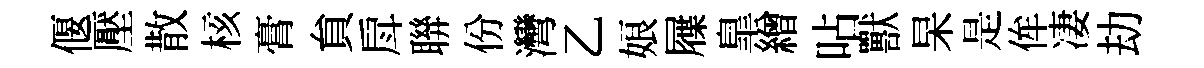
偃壓散核膏貟戽聨份灣乙娘屧臯繒呫獸杲是侔凄劫